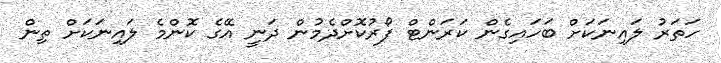
ހަތަރު ލައިނަކަށް ބަހައިގެން ކަރަންޓް ފޯރުކޮށްދެމުން ދަނީ އޭގެ ކޮންމެ ލައިނަކަށް ތިން